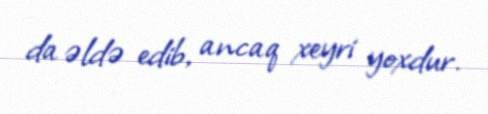
da əldə edib, ancaq xeyri yoxdur.